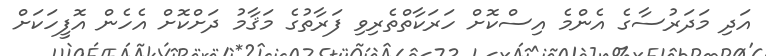
އަދި މަދަރުސާގެ އެންމެ އިސްކޮށް ހަރަކާތްތެރިވި ފަރާތުގެ މަޤާމު ދަށްކޮށް އެހެން އޮފީހަކަށް